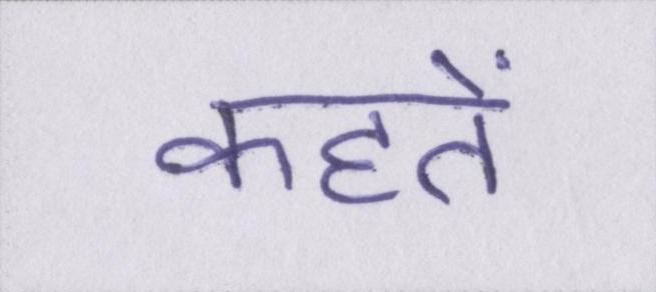
कहतें